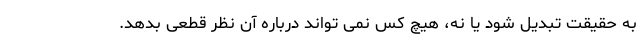
به حقیقت تبدیل شود یا نه، هیچ کس نمی تواند درباره آن نظر قطعی بدهد.